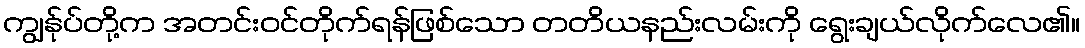
ကျွန်ုပ်တို့က အတင်းဝင်တိုက်ရန်ဖြစ်သော တတိယနည်းလမ်းကို ရွေးချယ်လိုက်လေ၏။